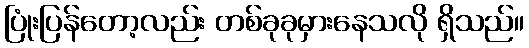
ပြုံးပြန်တော့လည်း တစ်ခုခုမှားနေသလို ရှိသည်။